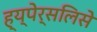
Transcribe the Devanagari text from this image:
ह्य्पेर्सलिसे